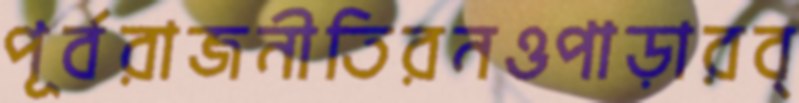
পূর্বরাজনীতিরনওপাড়ারব্